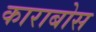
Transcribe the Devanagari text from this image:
काराबोस